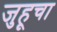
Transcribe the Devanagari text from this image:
जुहूचा